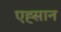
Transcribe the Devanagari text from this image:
एह्सान